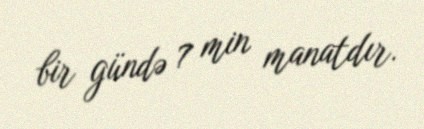
bir gündə 7 min manatdır.